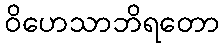
ဝိဟေသာဘိရတော